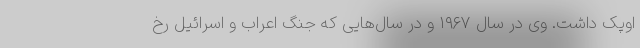
اوپک داشت. وی در سال ۱۹۶۷ و در سال‌هایی که جنگ اعراب و اسرائیل رخ